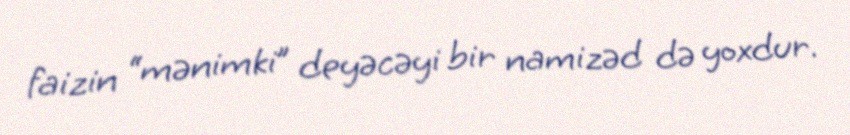
faizin “mənimki” deyəcəyi bir namizəd də yoxdur.